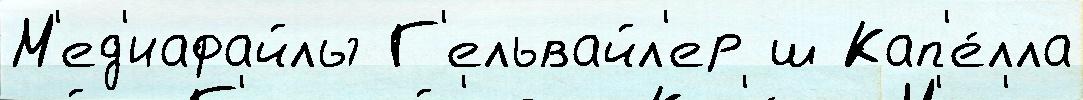
М'ед'иафайлы Г'ельвайл'ер ш Кап'е́лла